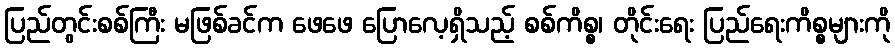
ပြည်တွင်းစစ်ကြီး မဖြစ်ခင်က ဖေဖေ ပြောလေ့ရှိသည့် စစ်ကိစ္စ၊ တိုင်းရေး ပြည်ရေးကိစ္စများကို